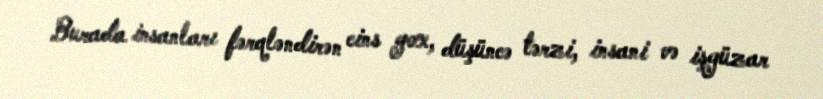
Burada insanları fərqləndirən cins yox, düşüncə tərzi, insani və işgüzar